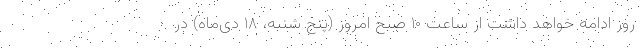
روز ادامه خواهد داشت از ساعت ۱۰ صبح امروز (پنج شنبه، ۱۸ دی‌ماه) در